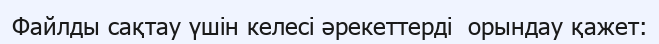
Файлды сақтау үшін келесі әрекеттерді  орындау қажет: